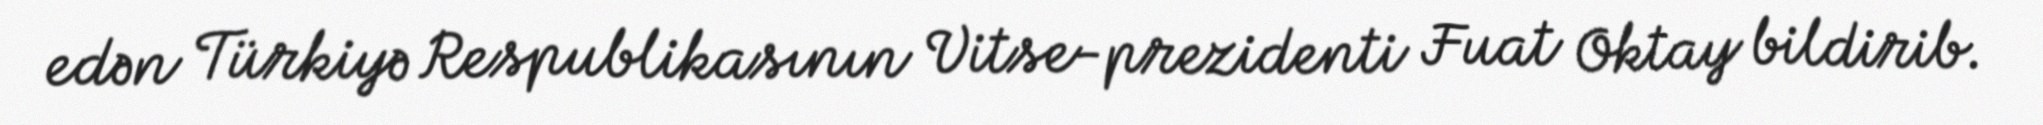
edən Türkiyə Respublikasının Vitse-prezidenti Fuat Oktay bildirib.